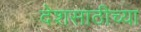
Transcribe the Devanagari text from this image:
देशसाठीच्या